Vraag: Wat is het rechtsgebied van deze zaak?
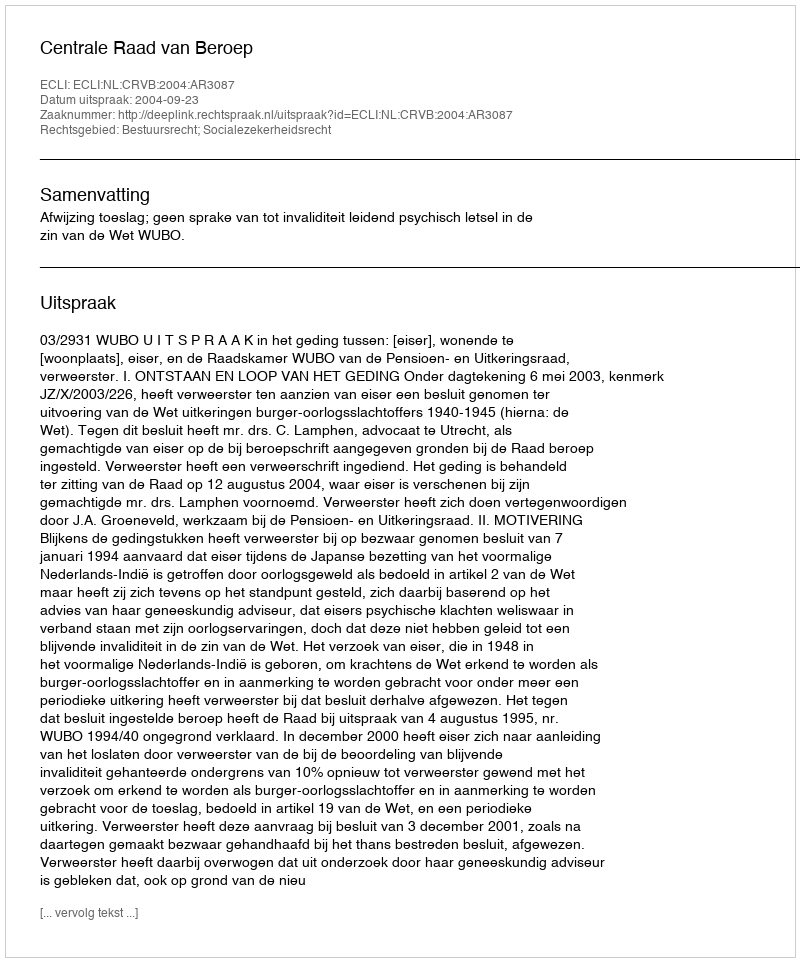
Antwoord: Bestuursrecht; Socialezekerheidsrecht